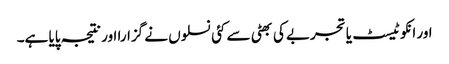
اور انکو ٹیسٹ یا تجربے کی بھٹی سے کئی نسلوں نے گزارا اور نتیجہ پایا ہے۔